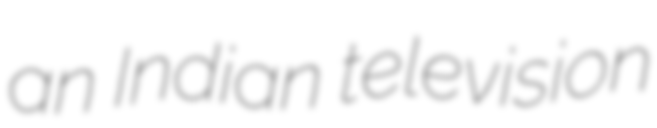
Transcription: an Indian television